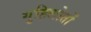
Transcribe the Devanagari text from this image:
गुहिलोतों